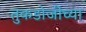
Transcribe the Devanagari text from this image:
तुकडोजींच्या